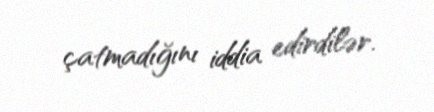
çatmadığını iddia edirdilər.